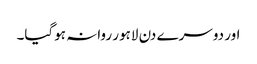
اور دوسرے دن لاہور روانہ ہوگیا۔